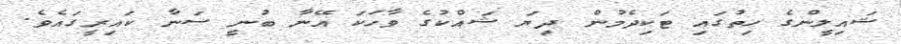
ޝައިލީންގެ ހިތުގައި ޓަކިދެމުން ދިޔަ ޝައްކުގެ ވާހަކަ އޭނާ ބުނީ ސަނާ ކައިރީގައެވެ.